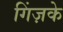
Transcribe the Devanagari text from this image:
गिंज़के